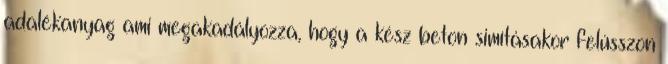
adalékanyag ami megakadályozza, hogy a kész beton simításakor felússzon